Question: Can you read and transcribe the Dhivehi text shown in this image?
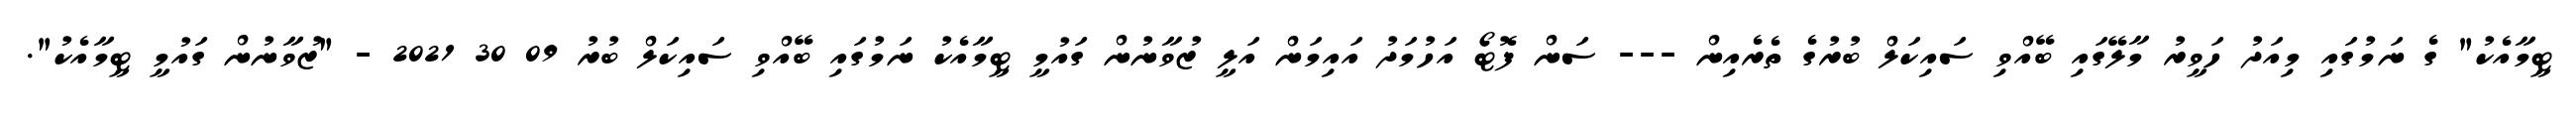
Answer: ޓީމާއެކު" ގެ ނަމުގައި މިއަދު ހަވީރު މާލޭގައި ބޭއްވި ސައިކަލް ބުރުގެ ތެރެއިން --- ސަން ފޮޓޯ އަހުމަދު އައިމަން އަލީ ޒުވާނުން ގައުމީ ޓީމާއެކު ނަމުގައި ބޭއްވި ސައިކަލް ބުރު 09 30 2021 - "ޒުވާނުން ގައުމީ ޓީމާއެކު".